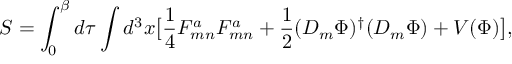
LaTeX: S = \int _ { 0 } ^ { \beta } d \tau \int d ^ { 3 } x \bigl [ { \frac { 1 } { 4 } } F _ { m n } ^ { a } F _ { m n } ^ { a } + { \frac { 1 } { 2 } } ( D _ { m } \Phi ) ^ { \dagger } ( D _ { m } \Phi ) + V ( \Phi ) \bigr ] ,